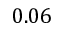
0 . 0 6